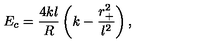
E _ { c } = \frac { 4 k l } { R } \left( k - \frac { r _ { + } ^ { 2 } } { l ^ { 2 } } \right) ,